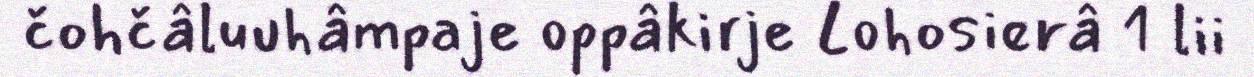
čohčâluuhâmpaje oppâkirje Lohosierâ 1 lii